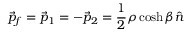
\vec { p } _ { f } = \vec { p } _ { 1 } = - \vec { p } _ { 2 } = \frac { 1 } { 2 } \rho \cosh \beta \hat { n }